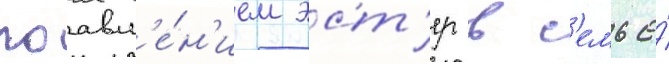
поавл'е́н'ием эст'ер в с'емье́